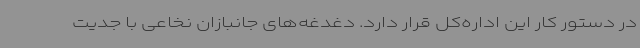
در دستور کار این اداره‌کل قرار دارد. دغدغه‌های جانبازان نخاعی با جدیت